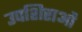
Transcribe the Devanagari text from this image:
उपशिराओं